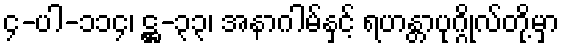
၄-ပါ-၁၁၄၊ ဋ္ဌ-၃၃၊ အနာဂါမ်နှင့် ရဟန္တာပုဂ္ဂိုလ်တို့မှာ